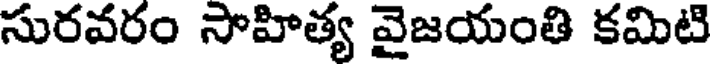
సురవరం సాహిత్య వైజయంతి కమిటి